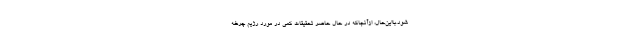
شود.بااین‌حال، ازآنجاکه در حال حاضر تحقیقات کمی در مورد رژیم چرخه